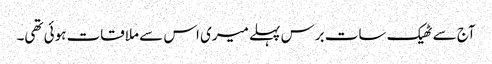
آج سے ٹھیک سات برس پہلے میری اس سے ملاقات ہوئی تھی۔